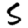
Digit: 5